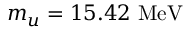
m _ { u } = 1 5 . 4 2 \ \mathrm { { M e V } }